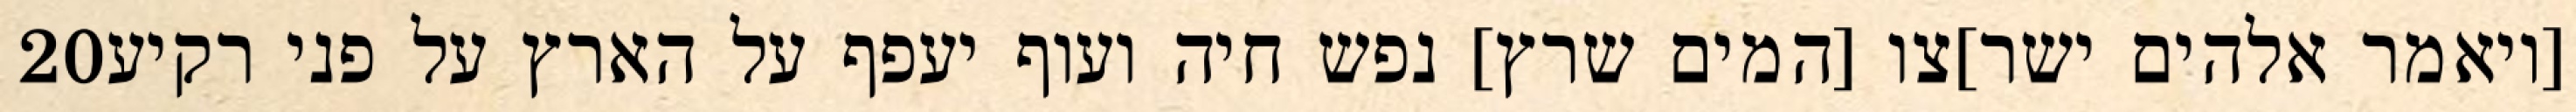
‎20‏ [ויאמר אלהים ישר]צו [המים שרץ] נפש חיה ועוף יעפף על הארץ על פני רקיע